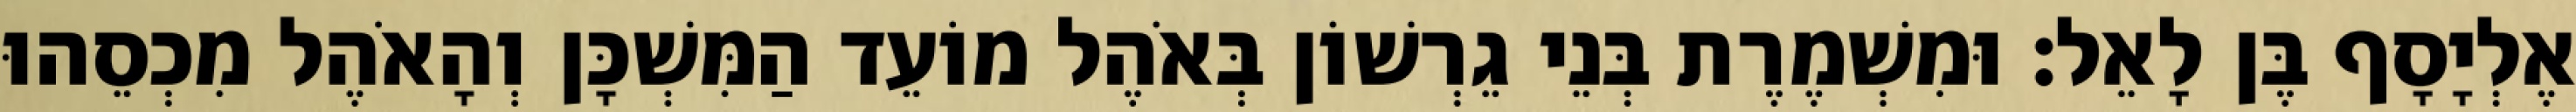
אֶלְיָסָף בֶּן לָאֵל׃ וּמִשְׁמֶרֶת בְּנֵי גֵרְשׁוֹן בְּאֹהֶל מוֹעֵד הַמִּשְׁכָּן וְהָאֹהֶל מִכְסֵהוּ